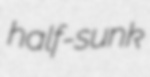
half-sunk